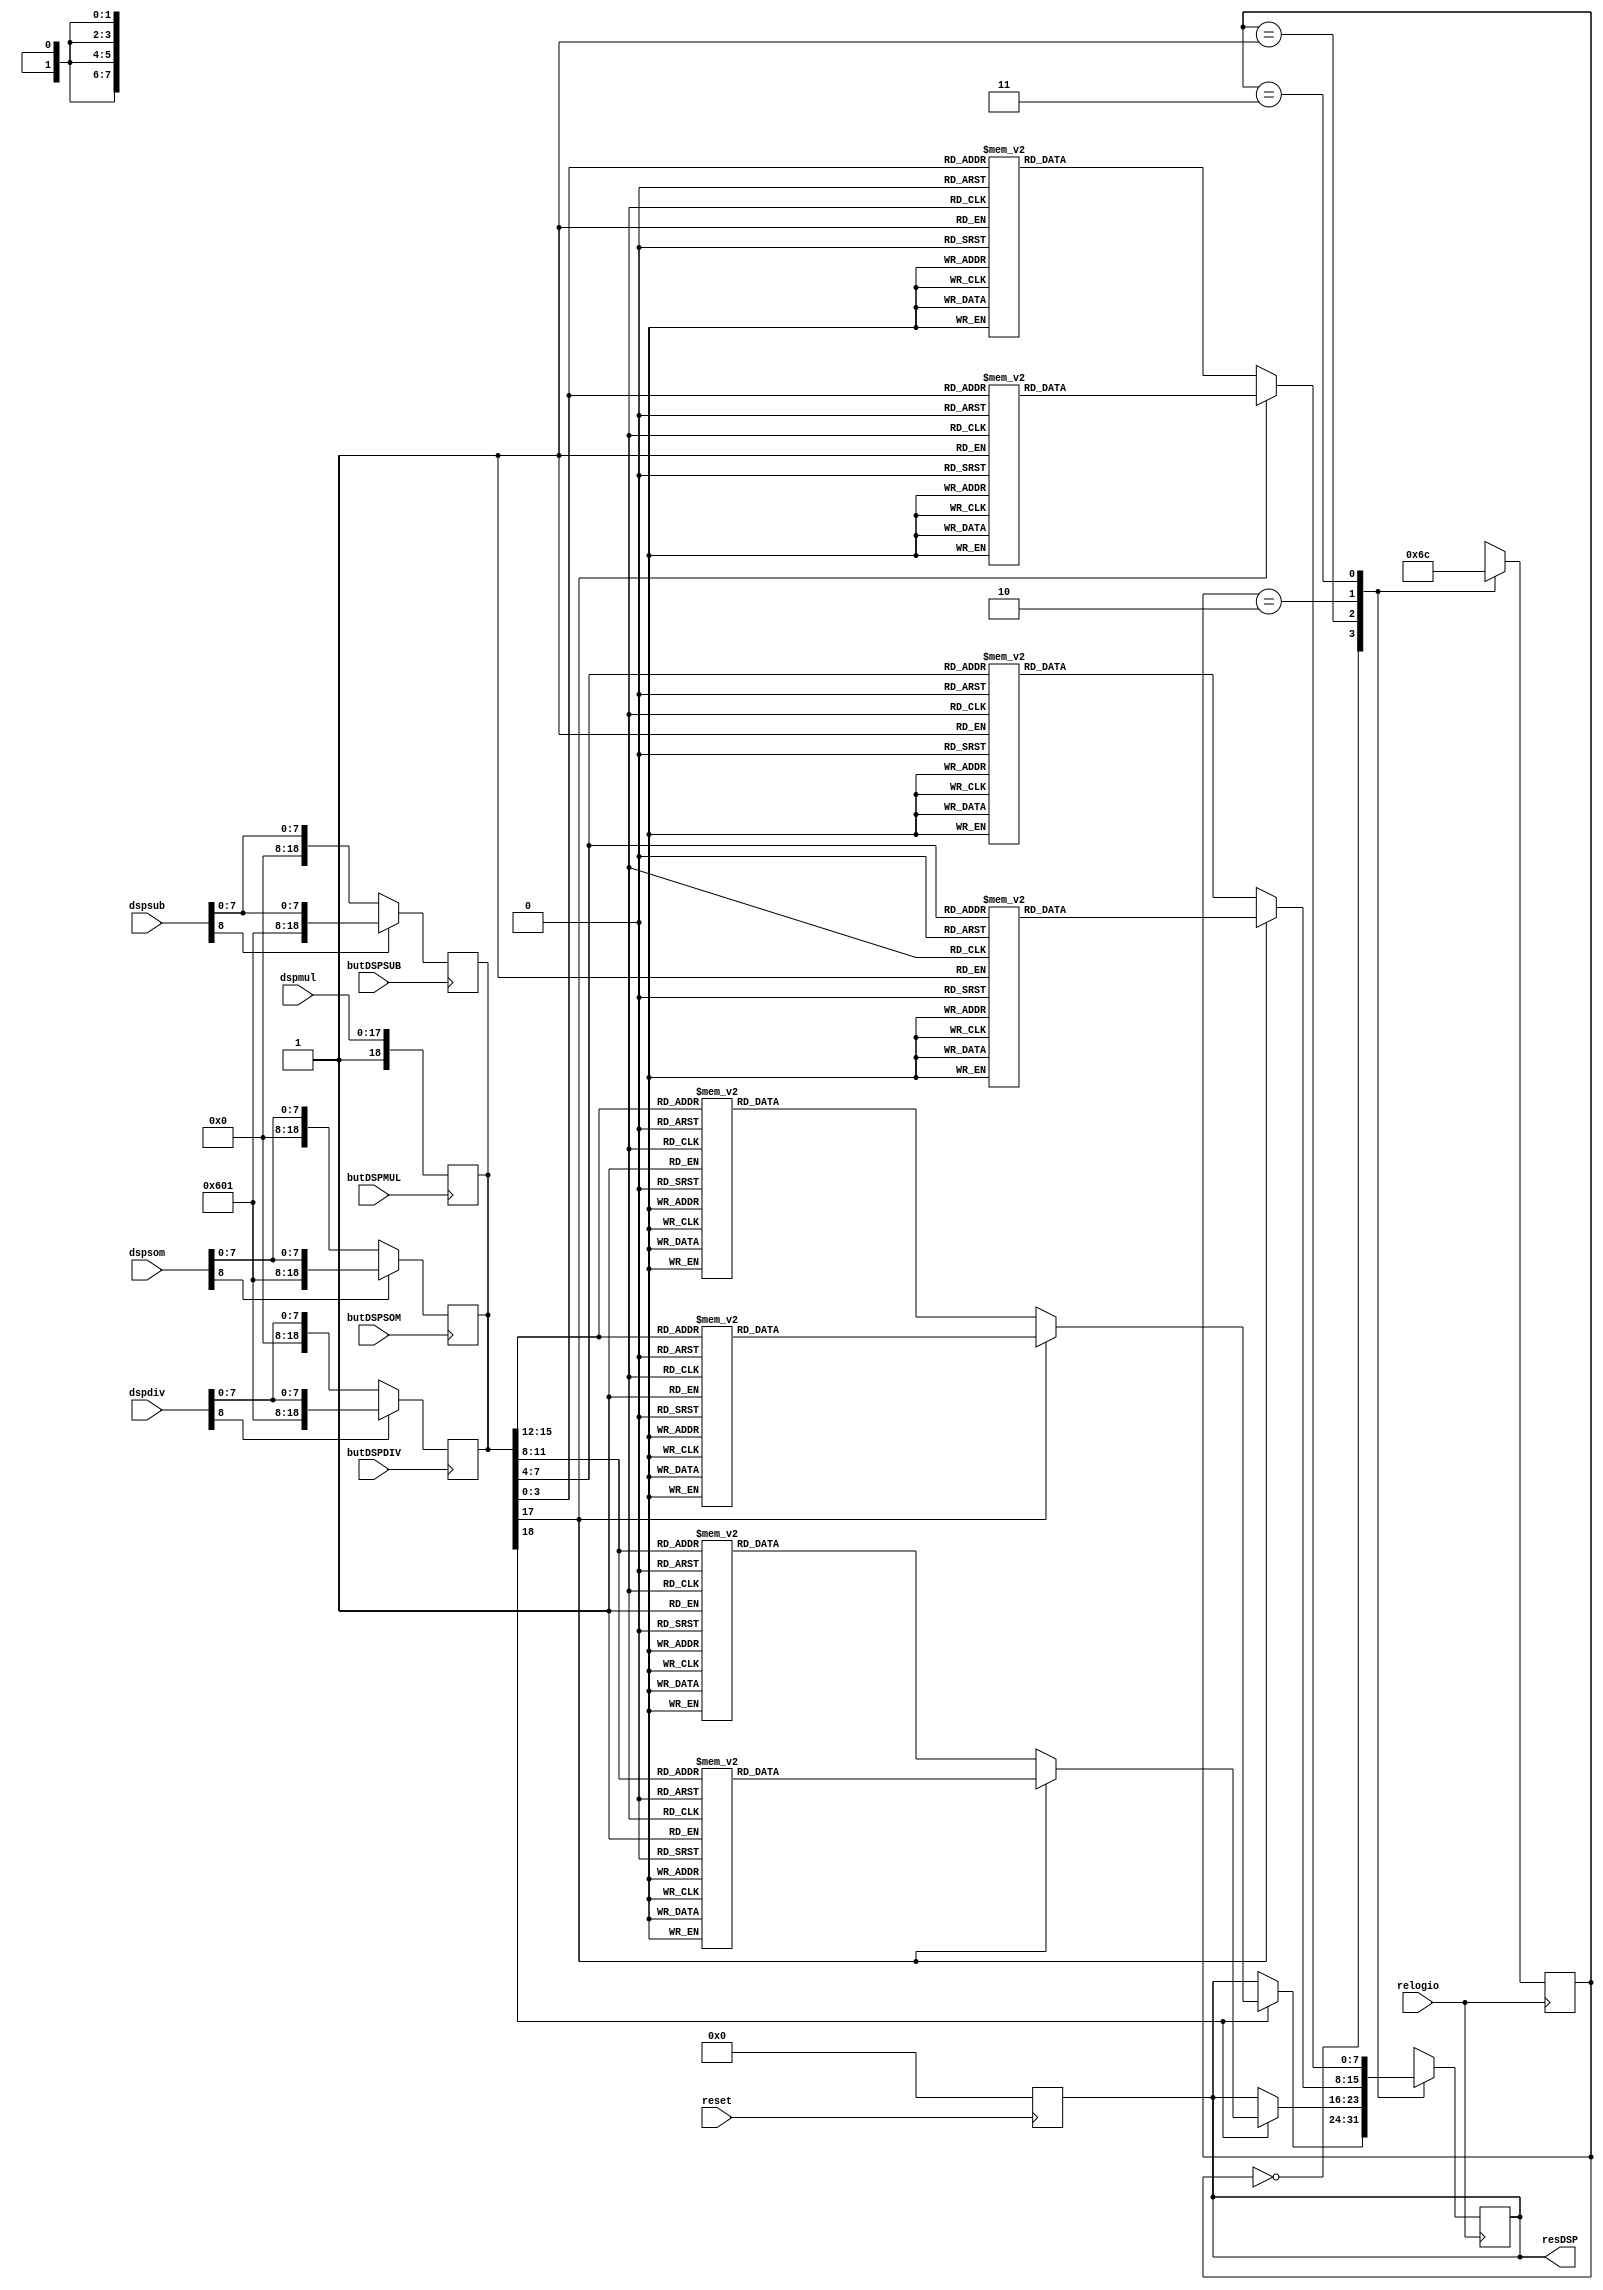
`timescale 1ns / 1ps
//////////////////////////////////////////////////////////////////////////////////
// Company: Caldeira & Silva Lda.
// 
// Design Name: 
// Module Name:    Display 
// Project Name: Calculadora Simples
// Target Devices: 
// Tool versions: 
// Description: Modulo que mostra resultado no display em hexadecimal.
//
// Dependencies: 
//
// Revision: 
// Revision 0.01 - File Created
// Additional Comments: 
//
//////////////////////////////////////////////////////////////////////////////////
module Display(dspsom,dspsub,dspdiv,dspmul,butDSPSOM,butDSPSUB,butDSPDIV,butDSPMUL,reset,relogio,resDSP);

	input [8:0] dspsom;		//resultado da soma
   input [8:0] dspsub;		//resultado da subtraccao
   input [8:0] dspdiv;		//resultado da divisao
   input [17:0] dspmul;		//resultado da multiplicacao
	input butDSPSOM;			//botao de soma
   input butDSPSUB;			//botao de subtraccao			
   input butDSPDIV;			//botao de divisao
   input butDSPMUL;			//botao de multiplicacao
	input reset;				//botao enter que aqui faz reset
	input relogio;				//relogio
	
	output [7:0] resDSP;		//leds a acender

	reg [18:0] interpreteDSP;		//valor a transformar em hex com booleano inicial
	reg [7:0] resDSP;
	
	always @ (posedge reset)
	begin
	resDSP = 8'b00000000;
	end
	
	always @ (posedge butDSPSOM)
	begin
	if (dspsom[8]==1)
	begin
	interpreteDSP = {1'b0,2'b11,8'b00000000,dspsom};
	end
	else
	begin
	interpreteDSP = {1'b0,2'b00,8'b00000000,dspsom};
	end
	end

	always @ (posedge butDSPSUB)
	begin
	if (dspsub[8]==1)
	begin
	interpreteDSP = {1'b0,2'b11,8'b00000000,dspsub};
	end
	else
	begin
	interpreteDSP = {1'b0,2'b00,8'b00000000,dspsub};
	end
	end
	
	always @ (posedge butDSPDIV)
	begin
	if (dspdiv[8]==1)
	begin
	interpreteDSP = {1'b0,2'b11,8'b00000000,dspdiv};
	end
	else
	begin
	interpreteDSP = {1'b0,2'b00,8'b00000000,dspdiv};
	end
	end

	always @ (posedge butDSPMUL)
	begin
	interpreteDSP = {1'b1,dspmul};
	end

////////////// 4 STATE MACHINE BEGIN //////////////////////

   parameter state1 = 2'b00;
   parameter state2 = 2'b01;
   parameter state3 = 2'b10;
   parameter state4 = 2'b11;

	reg [1:0] state = state1;

   always@(posedge relogio)
				case (state)
            state1 : begin
               if (interpreteDSP[18] == 1'b0)
					begin
					state <= state2;
					end
               else 
					begin

	if (interpreteDSP[17] == 1)
	begin

	case ({interpreteDSP[15],interpreteDSP[14],interpreteDSP[13],interpreteDSP[12]})

	4'b0000: resDSP = 8'b00000000;
	4'b0001: resDSP = 8'b00111000;
	4'b0010: resDSP = 8'b01111100;
	4'b0011: resDSP = 8'b01001111;
	4'b0100: resDSP = 8'b00111100;
	4'b0101: resDSP = 8'b01011110;
	4'b0110: resDSP = 8'b01111011;
	4'b0111: resDSP = 8'b01110011;
	4'b1000: resDSP = 8'b01111111;
	4'b1001: resDSP = 8'b00100011;
	4'b1010: resDSP = 8'b01111110;
	4'b1011: resDSP = 8'b01110110;
	4'b1100: resDSP = 8'b01010011;
	4'b1101: resDSP = 8'b01100111;
	4'b1110: resDSP = 8'b01101101;
	4'b1111: resDSP = 8'b00000011;
	
	endcase
	end
	else
	begin

	case ({interpreteDSP[15],interpreteDSP[14],interpreteDSP[13],interpreteDSP[12]})

	4'b0000: resDSP = 8'b00000000;
	4'b1111: resDSP = 8'b00111000;
	4'b1110: resDSP = 8'b01111100;
	4'b1101: resDSP = 8'b01001111;
	4'b1100: resDSP = 8'b00111100;
	4'b1011: resDSP = 8'b01011110;
	4'b1010: resDSP = 8'b01111011;
	4'b1001: resDSP = 8'b01110011;
	4'b1000: resDSP = 8'b01111111;
	4'b0111: resDSP = 8'b00100011;
	4'b0110: resDSP = 8'b01111110;
	4'b0101: resDSP = 8'b01110110;
	4'b0100: resDSP = 8'b01010011;
	4'b0011: resDSP = 8'b01100111;
	4'b0010: resDSP = 8'b01101101;
	4'b0001: resDSP = 8'b00000011;
	
	endcase
	end

					state <= state2;
					
					end
				end

			state2 : begin
               if (interpreteDSP[18] == 1'b0)
					begin
					state <= state3;
					end
			else
			begin
   
	if (interpreteDSP[17] == 1)
	begin

	case ({interpreteDSP[11],interpreteDSP[10],interpreteDSP[9],interpreteDSP[8]})

	4'b0000: resDSP = 8'b00000000;
	4'b0001: resDSP = 8'b00111000;
	4'b0010: resDSP = 8'b01111100;
	4'b0011: resDSP = 8'b01001111;
	4'b0100: resDSP = 8'b00111100;
	4'b0101: resDSP = 8'b01011110;
	4'b0110: resDSP = 8'b01111011;
	4'b0111: resDSP = 8'b01110011;
	4'b1000: resDSP = 8'b01111111;
	4'b1001: resDSP = 8'b00100011;
	4'b1010: resDSP = 8'b01111110;
	4'b1011: resDSP = 8'b01110110;
	4'b1100: resDSP = 8'b01010011;
	4'b1101: resDSP = 8'b01100111;
	4'b1110: resDSP = 8'b01101101;
	4'b1111: resDSP = 8'b00000011;
	
	endcase
	end
	else
	begin

	case ({interpreteDSP[11],interpreteDSP[10],interpreteDSP[9],interpreteDSP[8]})

	4'b0000: resDSP = 8'b00000000;
	4'b1111: resDSP = 8'b00111000;
	4'b1110: resDSP = 8'b01111100;
	4'b1101: resDSP = 8'b01001111;
	4'b1100: resDSP = 8'b00111100;
	4'b1011: resDSP = 8'b01011110;
	4'b1010: resDSP = 8'b01111011;
	4'b1001: resDSP = 8'b01110011;
	4'b1000: resDSP = 8'b01111111;
	4'b0111: resDSP = 8'b00100011;
	4'b0110: resDSP = 8'b01111110;
	4'b0101: resDSP = 8'b01110110;
	4'b0100: resDSP = 8'b01010011;
	4'b0011: resDSP = 8'b01100111;
	4'b0010: resDSP = 8'b01101101;
	4'b0001: resDSP = 8'b00000011;
	endcase
	end
					state <= state3;
            end
				end
					
            state3 : begin

	if (interpreteDSP[17] == 1)
	begin

	case ({interpreteDSP[7],interpreteDSP[6],interpreteDSP[5],interpreteDSP[4]})

	4'b0000: resDSP = 8'b00000000;
	4'b0001: resDSP = 8'b00111000;
	4'b0010: resDSP = 8'b01111100;
	4'b0011: resDSP = 8'b01001111;
	4'b0100: resDSP = 8'b00111100;
	4'b0101: resDSP = 8'b01011110;
	4'b0110: resDSP = 8'b01111011;
	4'b0111: resDSP = 8'b01110011;
	4'b1000: resDSP = 8'b01111111;
	4'b1001: resDSP = 8'b00100011;
	4'b1010: resDSP = 8'b01111110;
	4'b1011: resDSP = 8'b01110110;
	4'b1100: resDSP = 8'b01010011;
	4'b1101: resDSP = 8'b01100111;
	4'b1110: resDSP = 8'b01101101;
	4'b1111: resDSP = 8'b00000011;
	
	endcase
	end
	else
	begin

	case ({interpreteDSP[7],interpreteDSP[6],interpreteDSP[5],interpreteDSP[4]})

	4'b0000: resDSP = 8'b00000000;
	4'b1111: resDSP = 8'b00111000;
	4'b1110: resDSP = 8'b01111100;
	4'b1101: resDSP = 8'b01001111;
	4'b1100: resDSP = 8'b00111100;
	4'b1011: resDSP = 8'b01011110;
	4'b1010: resDSP = 8'b01111011;
	4'b1001: resDSP = 8'b01110011;
	4'b1000: resDSP = 8'b01111111;
	4'b0111: resDSP = 8'b00100011;
	4'b0110: resDSP = 8'b01111110;
	4'b0101: resDSP = 8'b01110110;
	4'b0100: resDSP = 8'b01010011;
	4'b0011: resDSP = 8'b01100111;
	4'b0010: resDSP = 8'b01101101;
	4'b0001: resDSP = 8'b00000011;
	endcase
	end
				state <= state4;
            end
            state4 : begin

	if (interpreteDSP[17] == 1)
	begin

	case ({interpreteDSP[3],interpreteDSP[2],interpreteDSP[1],interpreteDSP[0]})

	4'b0000: resDSP = 8'b00000000;
	4'b0001: resDSP = 8'b00111000;
	4'b0010: resDSP = 8'b01111100;
	4'b0011: resDSP = 8'b01001111;
	4'b0100: resDSP = 8'b00111100;
	4'b0101: resDSP = 8'b01011110;
	4'b0110: resDSP = 8'b01111011;
	4'b0111: resDSP = 8'b01110011;
	4'b1000: resDSP = 8'b01111111;
	4'b1001: resDSP = 8'b00100011;
	4'b1010: resDSP = 8'b01111110;
	4'b1011: resDSP = 8'b01110110;
	4'b1100: resDSP = 8'b01010011;
	4'b1101: resDSP = 8'b01100111;
	4'b1110: resDSP = 8'b01101101;
	4'b1111: resDSP = 8'b00000011;
	
	endcase
	end
	else
	begin

	case ({interpreteDSP[3],interpreteDSP[2],interpreteDSP[1],interpreteDSP[0]})

	4'b0000: resDSP = 8'b00000000;
	4'b1111: resDSP = 8'b00111000;
	4'b1110: resDSP = 8'b01111100;
	4'b1101: resDSP = 8'b01001111;
	4'b1100: resDSP = 8'b00111100;
	4'b1011: resDSP = 8'b01011110;
	4'b1010: resDSP = 8'b01111011;
	4'b1001: resDSP = 8'b01110011;
	4'b1000: resDSP = 8'b01111111;
	4'b0111: resDSP = 8'b00100011;
	4'b0110: resDSP = 8'b01111110;
	4'b0101: resDSP = 8'b01110110;
	4'b0100: resDSP = 8'b01010011;
	4'b0011: resDSP = 8'b01100111;
	4'b0010: resDSP = 8'b01101101;
	4'b0001: resDSP = 8'b00000011;
	endcase
	end

				state <= state1;
			end
	endcase
         
///////////////// 4 STATE MACHINE END /////////////////////

endmodule